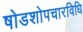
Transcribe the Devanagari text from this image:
षोडशोपचारविधि